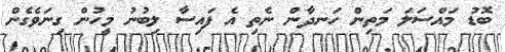
ބޮޑު މައްސަލަ މަތިން ހަނދާން ނެތި އެ ފައިސާ ލިބުނު މީހުން ގިނަވެގެން